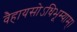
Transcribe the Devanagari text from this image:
वैहायसोऽधिभूम्याम्।